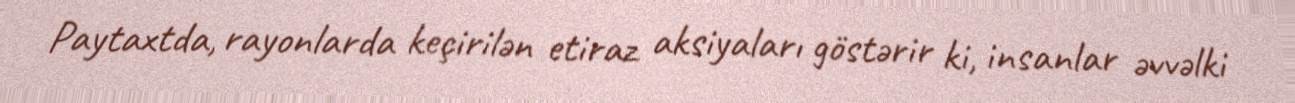
Paytaxtda, rayonlarda keçirilən etiraz aksiyaları göstərir ki, insanlar əvvəlki